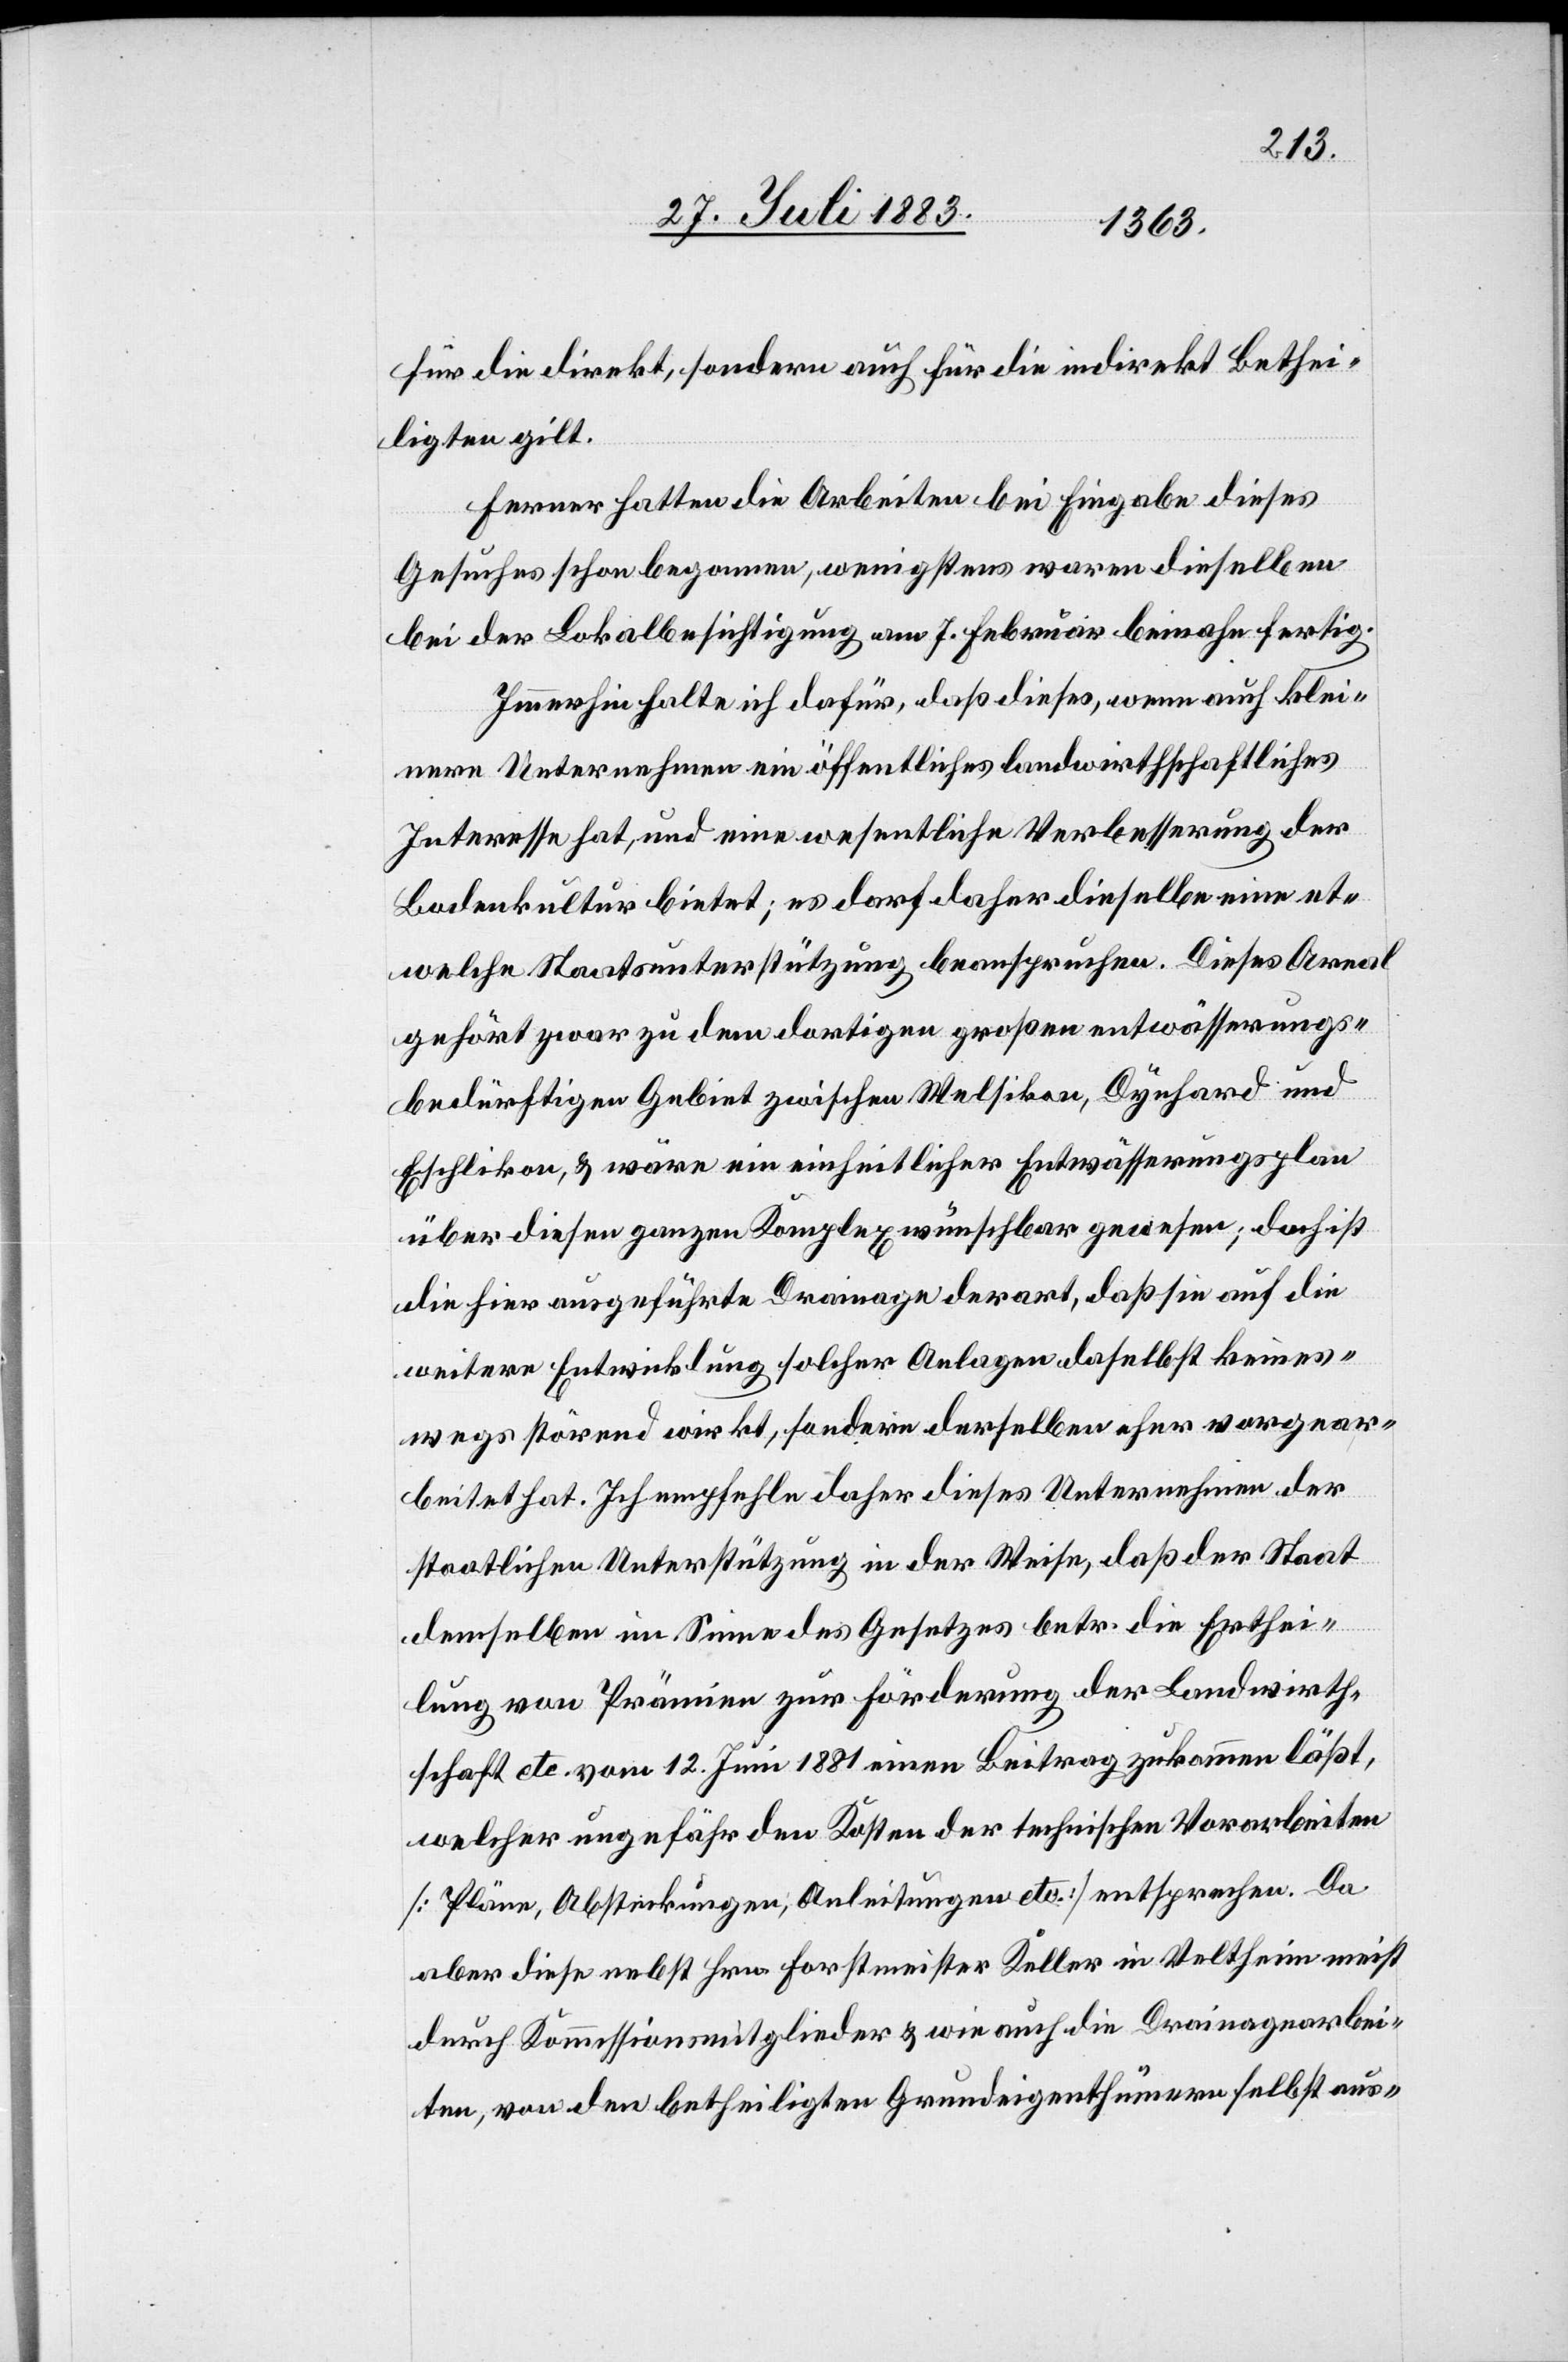
für die direkt, sondern auch für die indirekt Bethei¬
ligten gilt.
Ferner hatten die Arbeiten bei Eingabe dieses
Gesuches schon begonnen, wenigstens waren dieselben
bei der Lokalbesichtigung am 7. Februar beinahe fertig.
Immerhin halte ich dafür, daß dieses, wenn auch klei¬
nere Unternehmen ein öffentliches landwirthschaftliches
Interesse hat, und eine wesentliche Verbesserung der
Bodenkultur bietet; es darf daher dieselbe [recte:
etwelche Staatsunterstützung beanspruchen. Dieses Areal
gehört zwar zu dem dortigen großen entwässerungs¬
bedürftigen Gebiet zwischen Welsikon, Dynhard und
Eschlikon, & wäre ein einheitlicher Entwässerungsplan
über diesen ganzen Komplex wünschbar gewesen; doch ist
die hier ausgeführte Drainage derart, daß sie auf die
weitere Entwicklung solcher Anlagen daselbst keines¬
wegs störend wirkt, sondern derselben eher vorgear¬
beitet hat. Ich empfehle daher dieses Unternehmen der
staatlichen Unterstützung in der Weise, daß der Staat
demselben im Sinne des Gesetzes betr. die Erthei¬
lung von Prämien zur Förderung der Landwirth¬
schaft etc. vom 12. Juni 1881 einen Beitrag zukommen läßt,
welcher ungefähr den Kosten der technischen Vorarbeiten
[Pläne, Absteckungen, Anleitungen etc.] entsprechen
aber diese nebst Hrn. Forstmeister Keller in Veltheim meist
durch Kommissionsmitglieder & wie auch die Drainagearbei¬
ten, von den betheiligten Grundeigenthümern selbst aus-